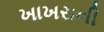
ખાખરાની